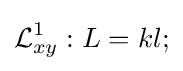
{\mathcal {L}}_{xy}^{1}:L=kl;